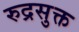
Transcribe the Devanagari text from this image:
रुद्रसुक्त